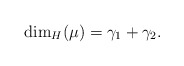
\begin{align*}\dim _H ( \mu ) = \gamma _1 + \gamma _2 . \end{align*}